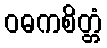
ဝဓကစိတ္တံ